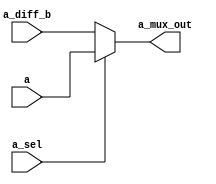
module a_mux(
    input a_sel,
    input [15:0] a,
    input [15:0] a_diff_b,
    output [15:0] a_mux_out
    );
    assign a_mux_out = (a_sel)?a:a_diff_b;

endmodule

module b_mux(
    input [15:0] b,
    input b_sel,
    input [15:0] b_diff_a,
    output [15:0] b_mux_out
    );
 
    assign b_mux_out = (b_sel)? b:b_diff_a;

 
endmodule